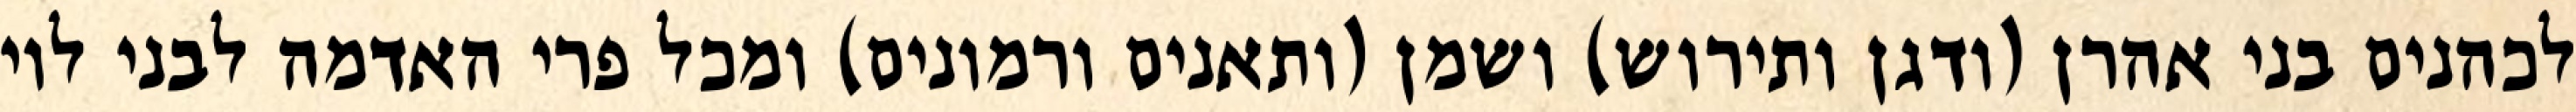
לכהנים בני אהרן (ודגן ותירוש) ושמן (ותאנים ורמונים) ומכל פרי האדמה לבני לוי